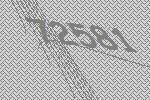
72581